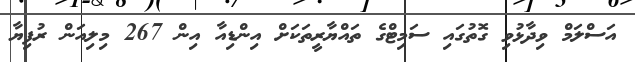
އަސްލަމް ވިދާޅުވި ގޮތުގައި ސަމިޓްގެ ތައްޔާރީތަކަށް އިންޑިއާ އިން 267 މިލިއަން ރުފިޔާ